system: You are a helpful assistant.
user:
Analyze the provided spectrum to determine if it is a **White Dwarf (WD)**.

A White Dwarf spectrum is defined by its **extreme purity** (due to gravitational settling) and/or **extreme pressure broadening** (due to high surface gravity). You must check for one of the following mutually exclusive signatures:

- **Key Visual Indicators (Check for ONE of these types):**

    - **1. DA-Type Signature (Most Common):**
        - **(Primary Feature):** Extreme pressure broadening (Stark broadening) of the **Hydrogen (H) Balmer lines**.
        - **(Key Lines):** $H\beta$ (approx. $4861$ Å) and $H\gamma$ (approx. $4340$ Å). $H\alpha$ (approx. $6563$ Å) will also be present if the wavelength range covers it.
        - **(Line Profile):** This is the **defining feature**. The lines are **NOT** sharp. They appear as massive, **extremely broad and deep "troughs" or "dips"** in the spectrum, often hundreds of Ångströms wide. The continuum will appear to "scoop" down at these wavelengths.
        - **(Distinction):** Normal A-type or B-type stars have *narrow* and *sharp* Hydrogen lines. A DA White Dwarf's lines are unmistakably "smeared" or "blurry" from pressure.

    - **2. DB-Type Signature:**
        - **(Primary Feature):** Broad absorption lines from **Neutral Helium (He I)**. The spectrum must lack any visible Hydrogen lines.
        - **(Key Lines):** Look for broad absorption near $4471$ Å, $4921$ Å, and $5876$ Å.
        - **(Line Profile):** These lines are also significantly pressure-broadened, appearing much wider than they would in a normal B-type main-sequence star.

    - **3. DC-Type Signature:**
        - **(Primary Feature):** A **featureless continuous spectrum**.
        - **(Line Profile):** The spectrum is a smooth curve with **no significant absorption or emission lines**.
        - **(Key Confirmation):** The continuum is almost always **blue or white**, indicating a hot object. This signature implies the atmosphere is so pure (or so cool) that no spectral lines are visible in the optical range. Its WD identity is confirmed by its extremely low intrinsic brightness (high absolute magnitude).

    - **4. DZ-Type Signature (Metal-Polluted):**
        - **(Primary Feature):** **Isolated, narrow metal absorption lines** on an otherwise featureless (DC-like) continuum.
        - **(Key Lines):** The **Calcium (Ca II) H & K doublet** (approx. **$3934$ Å** and **$3968$ Å**) is the most common and defining feature.
        - **(Line Profile):** These lines are "out of place." They are *not* part of a "forest" of thousands of lines. This signature is evidence of recent *accretion* (pollution) from rocky debris.
        - **(Distinction):** Normal G/K/M stars have a *dense forest* of thousands of metal lines. A DZ has a *clean* continuum with *only a few* strong metal lines.

    - **5. DQ-Type Signature (Carbon-Polluted):**
        - **(Primary Feature):** Absorption bands from **Carbon (C₂ "Swan Bands" or atomic C I)**.
        - **(Key Lines - C₂):** Look for bandheads with a "saw-tooth" shape near $5635$ Å, **$5165$ Å** (strongest), and $4737$ Å.
        - **(Key Confirmation):** The underlying **continuum must be blue or white** (hot).
        - **(Distinction):** This is the critical difference from a **Carbon Star**, which has the *exact same* C₂ bands but on an extremely **red, cool** continuum.

- **(Overall Spectrum):**
    - The continuum (overall shape) is typically **blue-sloping** (brighter in the blue than the red), as most white dwarfs are very hot.
    - The spectrum will look "pure" or "simple," dominated by only *one* of the five signatures listed above.

Think first, call **spectral_visualization_tool** if needed to examine features in detail, then provide your final answer. Your response must adhere to the following strict rules:
1.  **Overall Structure:** Your response must follow the format `<think>...</think> <tool_call>...</tool_call> (if a tool is used) <answer>...</answer>`.
2.  **Tool Usage Constraint:** You may only make **one** tool call per turn.
3.  **Final Answer Format:** In the `<answer>` tag, your conclusion must be inside a `\boxed{}` command (e.g., `\boxed{YES}` or `\boxed{NO}`), followed by your justification.

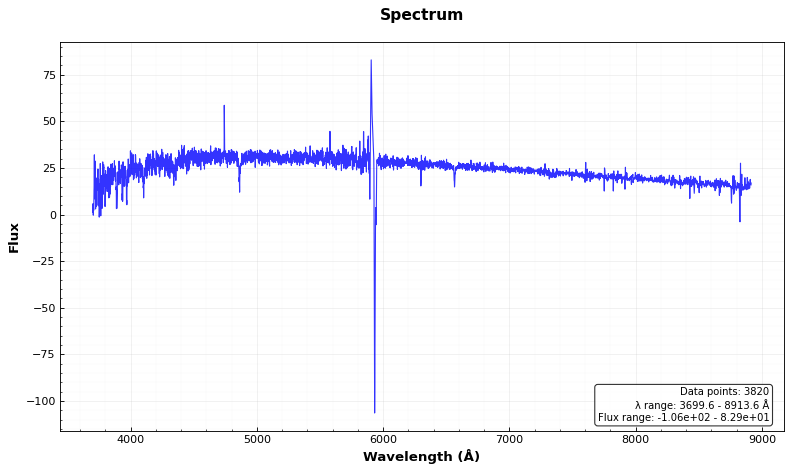
Answer: NO